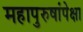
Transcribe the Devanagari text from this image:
महापुरुषांपेक्षा